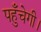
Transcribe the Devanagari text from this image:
पहुँचेगी।